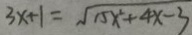
3 x + 1 = \sqrt { 1 5 x ^ { 2 } + 4 x - 3 }